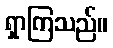
ရှာကြသည်။